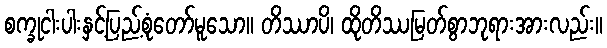
စက္ခုငါးပါးနှင့်ပြည့်စုံတော်မူသော။ တိဿာပိ၊ ထိုတိဿမြတ်စွာဘုရားအားလည်း။